Vaccination North-Western Provinces 1866-1877 - 1866-1877
Year: 1866
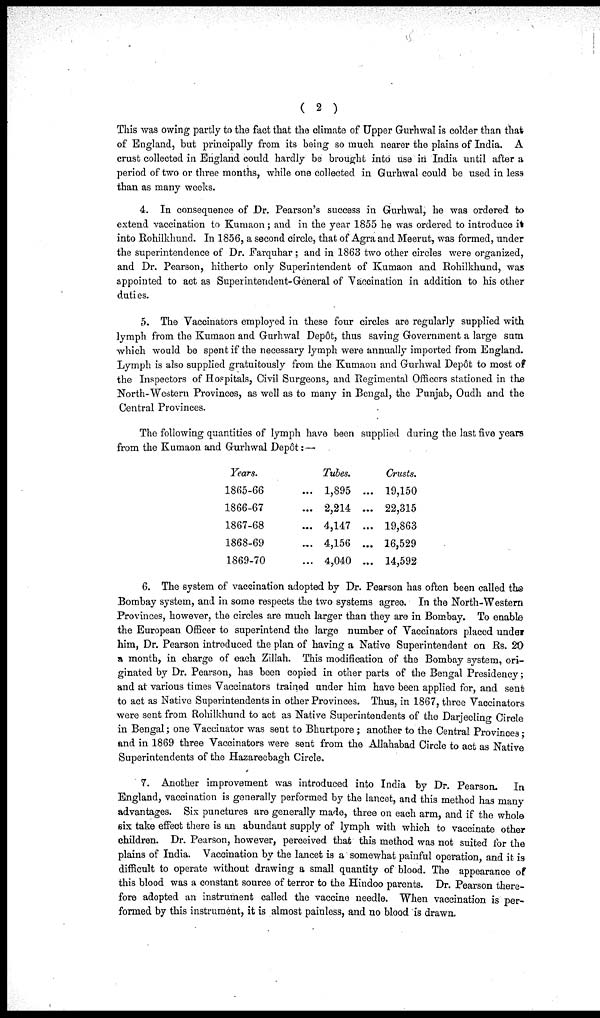
( 2 )
This was owing partly to the fact that the elimate of Upper Gurhwal is colder than that
of England, but principally from its being so much nearer the plains of India. A
crust collected in England could hardly be brought into use in India until after a
period of two or three months, while one collected in Gurhwal could be used in less
than as many weeks.
4. In consequence of Dr. Pearson's success in Gurhwal, he was ordered to
extend vaccination to Kumaon; and in the year 1855 he was ordered to introduce it
into Rohilkhund. In 1856, a second circle, that of Agra and Meerut, was formed, under
the superintendence of Dr. Farquhar; and in 1863 two other circles were organized,
and Dr. Pearson, hitherto only Superintendent of Kumaon and Rohilkhund, was
appointed to act as Superintendent-General of Vaticination in addition to his other
duties.
5. The Vaccinators employed in these four circles are regularly supplied with
lymph from the Kumaon and Gurhwal Depôt, thus saving Government a large sum
which would be spent if the necessary lymph were annually imported from England.
Lymph is also supplied gratuitously from the Kumaon and Gurhwal Depôt to most of
the Inspectors of Hospitals, Civil Surgeons, and Regimental Officers stationed in the
North-Western Provinces, as well as to many in Bengal, the Punjab, Oudh and the
Central Provinces.
The following quantities of lymph have been supplied during the last five years
from the Kumaon and Gurhwal Depôt:—
Years.
1865-66
1866-67
1867-68
1868-69
1869-70
Tubes.
... 1,895
... 2,214
... 4,147
... 4,156
... 4,040
Crusts.
... 19,150
... 22,315
... 19,863
... 16,529
... 14,592
6. The system of vaccination adopted by Dr. Pearson has often been called the
Bombay system, and in some respects the two systems agree. In the North-Western
Provinces, however, the circles are much larger than they are in Bombay. To enable
the European Officer to superintend the large number of Vaccinators placed under
him, Dr. Pearson introduced the plan of having a Native Superintendent on Rs. 20
a month, in charge of each Zillah. This modification of the Bombay system, ori-
ginated by Dr. Pearson, has been copied in other parts of the Bengal Presidency;
and at various times Vaccinators trained under him have been applied for, and sent
to act as Native Superintendents in other Provinces. Thus, in 1867, three Vaccinators
were sent from Rohilkhund to act as Native Superintendents of the Darjecling Circle
in Bengal; one Vaccinator was sent to Bhurtpore ; another to the Central Provinces ;
and in 1869 three Vaccinators were sent from the Allahabad Circle to act as Native
Superintendents of the Hazareebagh Circle.
7. Another improvement was introduced into India by Dr. Pearson.
In
England, vaccination is generally performed by the lancet, and this method has many
advantages. Six punctures are generally made, three on each arm, and if the whole
six take effect there is an abundant supply of lymph with which to vaccinate other
children. Dr. Pearson, however, perceived that this method was not suited for the
plains of India. Vaccination by the lancet is a somewhat painful operation, and it is
difficult to operate without drawing a small quantity of blood. The appearance of
this blood was a constant source of terror to the Hindoo parents. Dr. Pearson there-
fore adopted an instrument called the vaccine needle. When vaccination is per-
formed by this instrument, it is almost painless, and no blood is drawn.